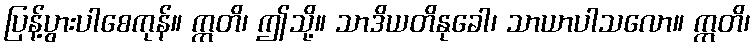
ပြန့်ပွားပါစေကုန်။ ဣတိ၊ ဤသို့။ သာဒိယတိနုခေါ၊ သာယာပါသလော။ ဣတိ၊